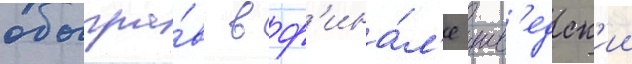
обыгра́в в ф'ина́л'е шв'едск'ии